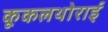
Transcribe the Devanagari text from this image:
कूकलथोराई